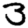
Digit: 3